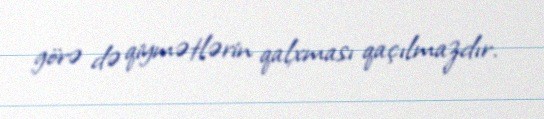
görə də qiymətlərin qalxması qaçılmazdır.